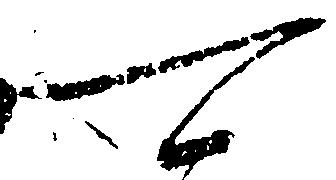
可